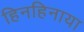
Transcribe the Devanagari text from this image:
हिनहिनाया